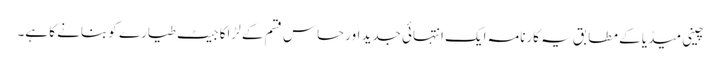
چینی میڈیا کے مطابق یہ کارنامہ ایک انتہائی جدید اور حساس قسم کے لڑاکا جیٹ طیارے کو بنانے کا ہے۔